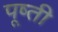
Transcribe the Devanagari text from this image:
पूष्ती